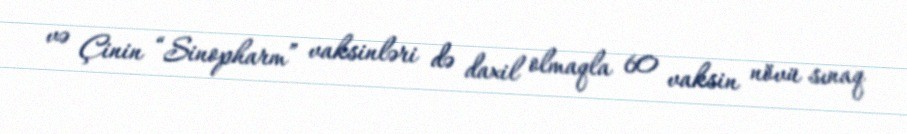
və Çinin “Sinopharm” vaksinləri də daxil olmaqla 60 vaksin növü sınaq